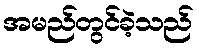
အမည်တွင်ခဲ့သည်